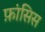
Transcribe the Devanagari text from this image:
फ़ांसिस